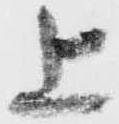
上